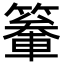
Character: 䉊